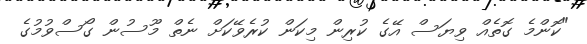
"ކޮންމެ ގޮތެއް ވިޔަސް އޭގެ ކުރިން މިކަން ކުރެވޭކަށް ނެތް މޫސުން ގޯސްވުމުގެ